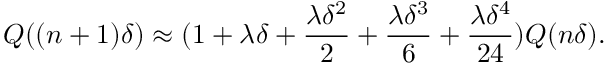
Q ( ( n + 1 ) \delta ) \approx ( 1 + \lambda \delta + \frac { \lambda \delta ^ { 2 } } { 2 } + \frac { \lambda \delta ^ { 3 } } { 6 } + \frac { \lambda \delta ^ { 4 } } { 2 4 } ) Q ( n \delta ) .